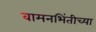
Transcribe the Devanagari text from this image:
वामनभिंतीच्या